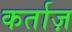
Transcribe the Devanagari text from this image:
कर्ताज़